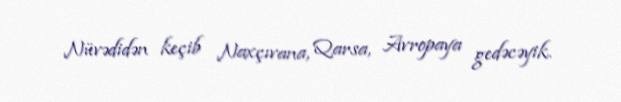
Nüvədidən keçib Naxçıvana, Qarsa, Avropaya gedəcəyik.